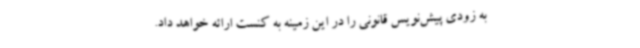
به زودی پیش‌نویس قانونی را در این زمینه به کنست ارائه خواهد داد.